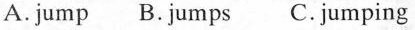
A. jump B. Jumps C.jumping